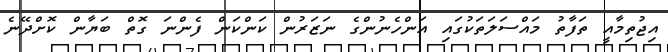
އިޖުތިމާއީ ތަފާތު މައްސަލަތަކުގައި އަންހެނުންގެ ނަޒަރުން ކަންކަން ފެންނަ ގޮތް ބަޔާން ކޮށްދޭނެ